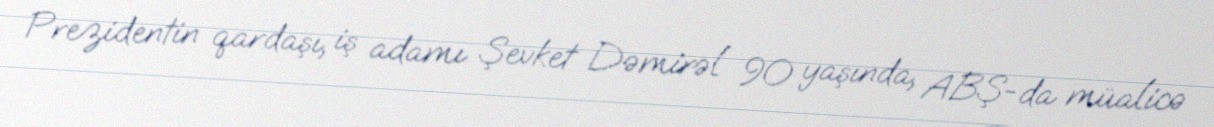
Prezidentin qardaşı, iş adamı Şevket Dəmirəl 90 yaşında, ABŞ-da müalicə